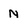
Character: N